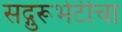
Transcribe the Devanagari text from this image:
सद्गुरूभेटीचा